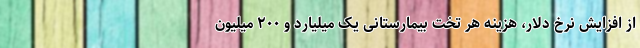
از افزایش نرخ دلار، هزینه هر تخت بیمارستانی یک میلیارد و ۲۰۰ میلیون